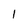
Character: 1